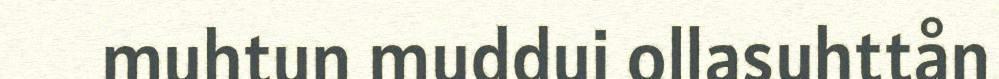
muhtun muddui ollasuhttån